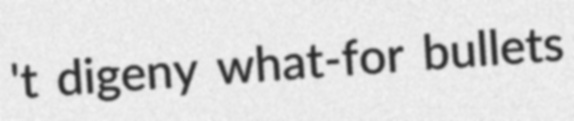
't digeny what-for bullets